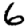
Digit: 6